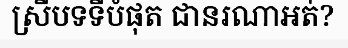
ស្រីបទទីបំផុត ជានរណាអត់?